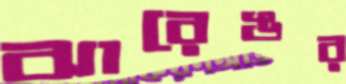
ঝারেঙর